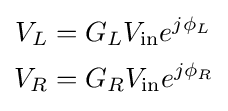
{\begin{aligned}V_{L}&=G_{L}V_{\mathrm {in} }e^{j\phi _{L}}\\V_{R}&=G_{R}V_{\mathrm {in} }e^{j\phi _{R}}\end{aligned}}